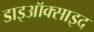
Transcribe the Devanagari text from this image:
डाइऑक्साइद